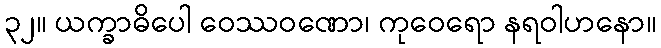
၃၂။ ယက္ခာဓိပေါ ဝေဿဝဏော၊ ကုဝေရော နရဝါဟနော။